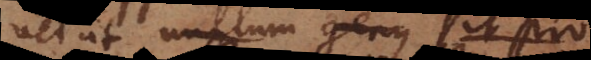
vel ut nullum genus sit pro